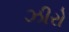
ઝીરો